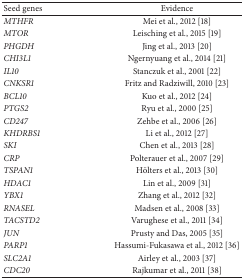
<table><thead><tr><td><b>Seed genes</b></td><td><b>Evidence</b></td></tr></thead><tbody><tr><td><i>MTHFR</i></td><td>Mei et al., 2012 [18] </td></tr><tr><td><i>MTOR</i></td><td>Leisching et al., 2015 [19]</td></tr><tr><td><i>PHGDH</i></td><td>Jing et al., 2013 [20]</td></tr><tr><td><i>CHI3L1</i></td><td>Ngernyuang et al., 2014 [21]</td></tr><tr><td><i>IL10</i></td><td>Stanczuk et al., 2001 [22]</td></tr><tr><td><i>CNKSR1</i></td><td>Fritz and Radziwill, 2010 [23]</td></tr><tr><td><i>BCL10</i></td><td>Kuo et al., 2012 [24] </td></tr><tr><td><i>PTGS2</i></td><td>Ryu et al., 2000 [25]</td></tr><tr><td><i>CD247</i></td><td>Zehbe et al., 2006 [26]</td></tr><tr><td><i>KHDRBS1</i></td><td>Li et al., 2012 [27]</td></tr><tr><td><i>SKI</i></td><td>Chen et al., 2013 [28]</td></tr><tr><td><i>CRP</i></td><td>Polterauer et al., 2007 [29]</td></tr><tr><td><i>TSPAN1</i></td><td>Hölters et al., 2013 [30]</td></tr><tr><td><i>HDAC1</i></td><td>Lin et al., 2009 [31]</td></tr><tr><td><i>YBX1</i></td><td>Zhang et al., 2012 [32] </td></tr><tr><td><i>RNASEL</i></td><td>Madsen et al., 2008 [33]</td></tr><tr><td><i>TACSTD2</i></td><td>Varughese et al., 2011 [34]</td></tr><tr><td><i>JUN</i></td><td>Prusty and Das, 2005 [35] </td></tr><tr><td><i>PARP1</i></td><td>Hassumi-Fukasawa et al., 2012 [36] </td></tr><tr><td><i>SLC2A1</i></td><td>Airley et al., 2003 [37]</td></tr><tr><td><i>CDC20</i></td><td>Rajkumar et al., 2011 [38] </td></tr></tbody></table>